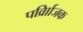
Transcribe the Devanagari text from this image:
पर्व्राािजक